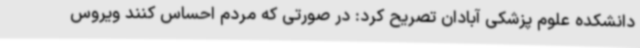
دانشکده علوم پزشکی آبادان تصریح کرد: در صورتی که مردم احساس کنند ویروس